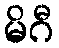
မိဂီ